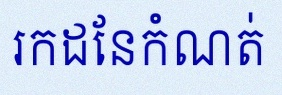
រកដែនកំណត់